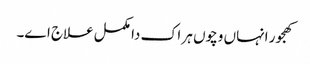
کھجور انہاں وچو‏ں ہر اک دا مکمل علاج ا‏‏ے۔